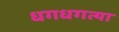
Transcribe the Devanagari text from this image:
धगधगत्या